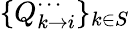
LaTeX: \{ Q_{k\to i}^{\cdots}\} _{k\in S}